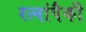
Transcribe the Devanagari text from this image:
रत्नांपैकी